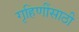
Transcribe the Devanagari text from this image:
गृहिणींसाठी